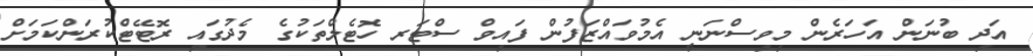
އަދި ބުނަން އަހަރެން މިވިސްނަނީ އެމުވައްޒަފުން ފައިވް ސްޓަރ ހޮޓެލްތަކުގެ މެދުގައި ރޮޓޭޓްކުރަންކަމަށް